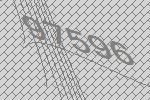
97596